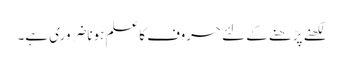
لکھنے پڑھنے کے لئے حروف کاعلم ہوناضروری ہے۔